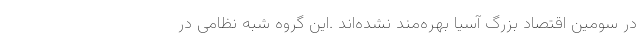
در سومین اقتصاد بزرگ آسیا بهره‌مند نشده‌اند .این گروه شبه نظامی در